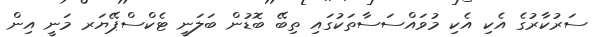
ސަރުކާރުގެ އެކި އެކި މުވައްސަސާތަކުގައި ތިބޭ ބޮޑުން ބަލަނީ ޓެކްސްޕޭޔަރ މަނީ އިން